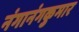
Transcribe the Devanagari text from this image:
नंगानंगकुमार